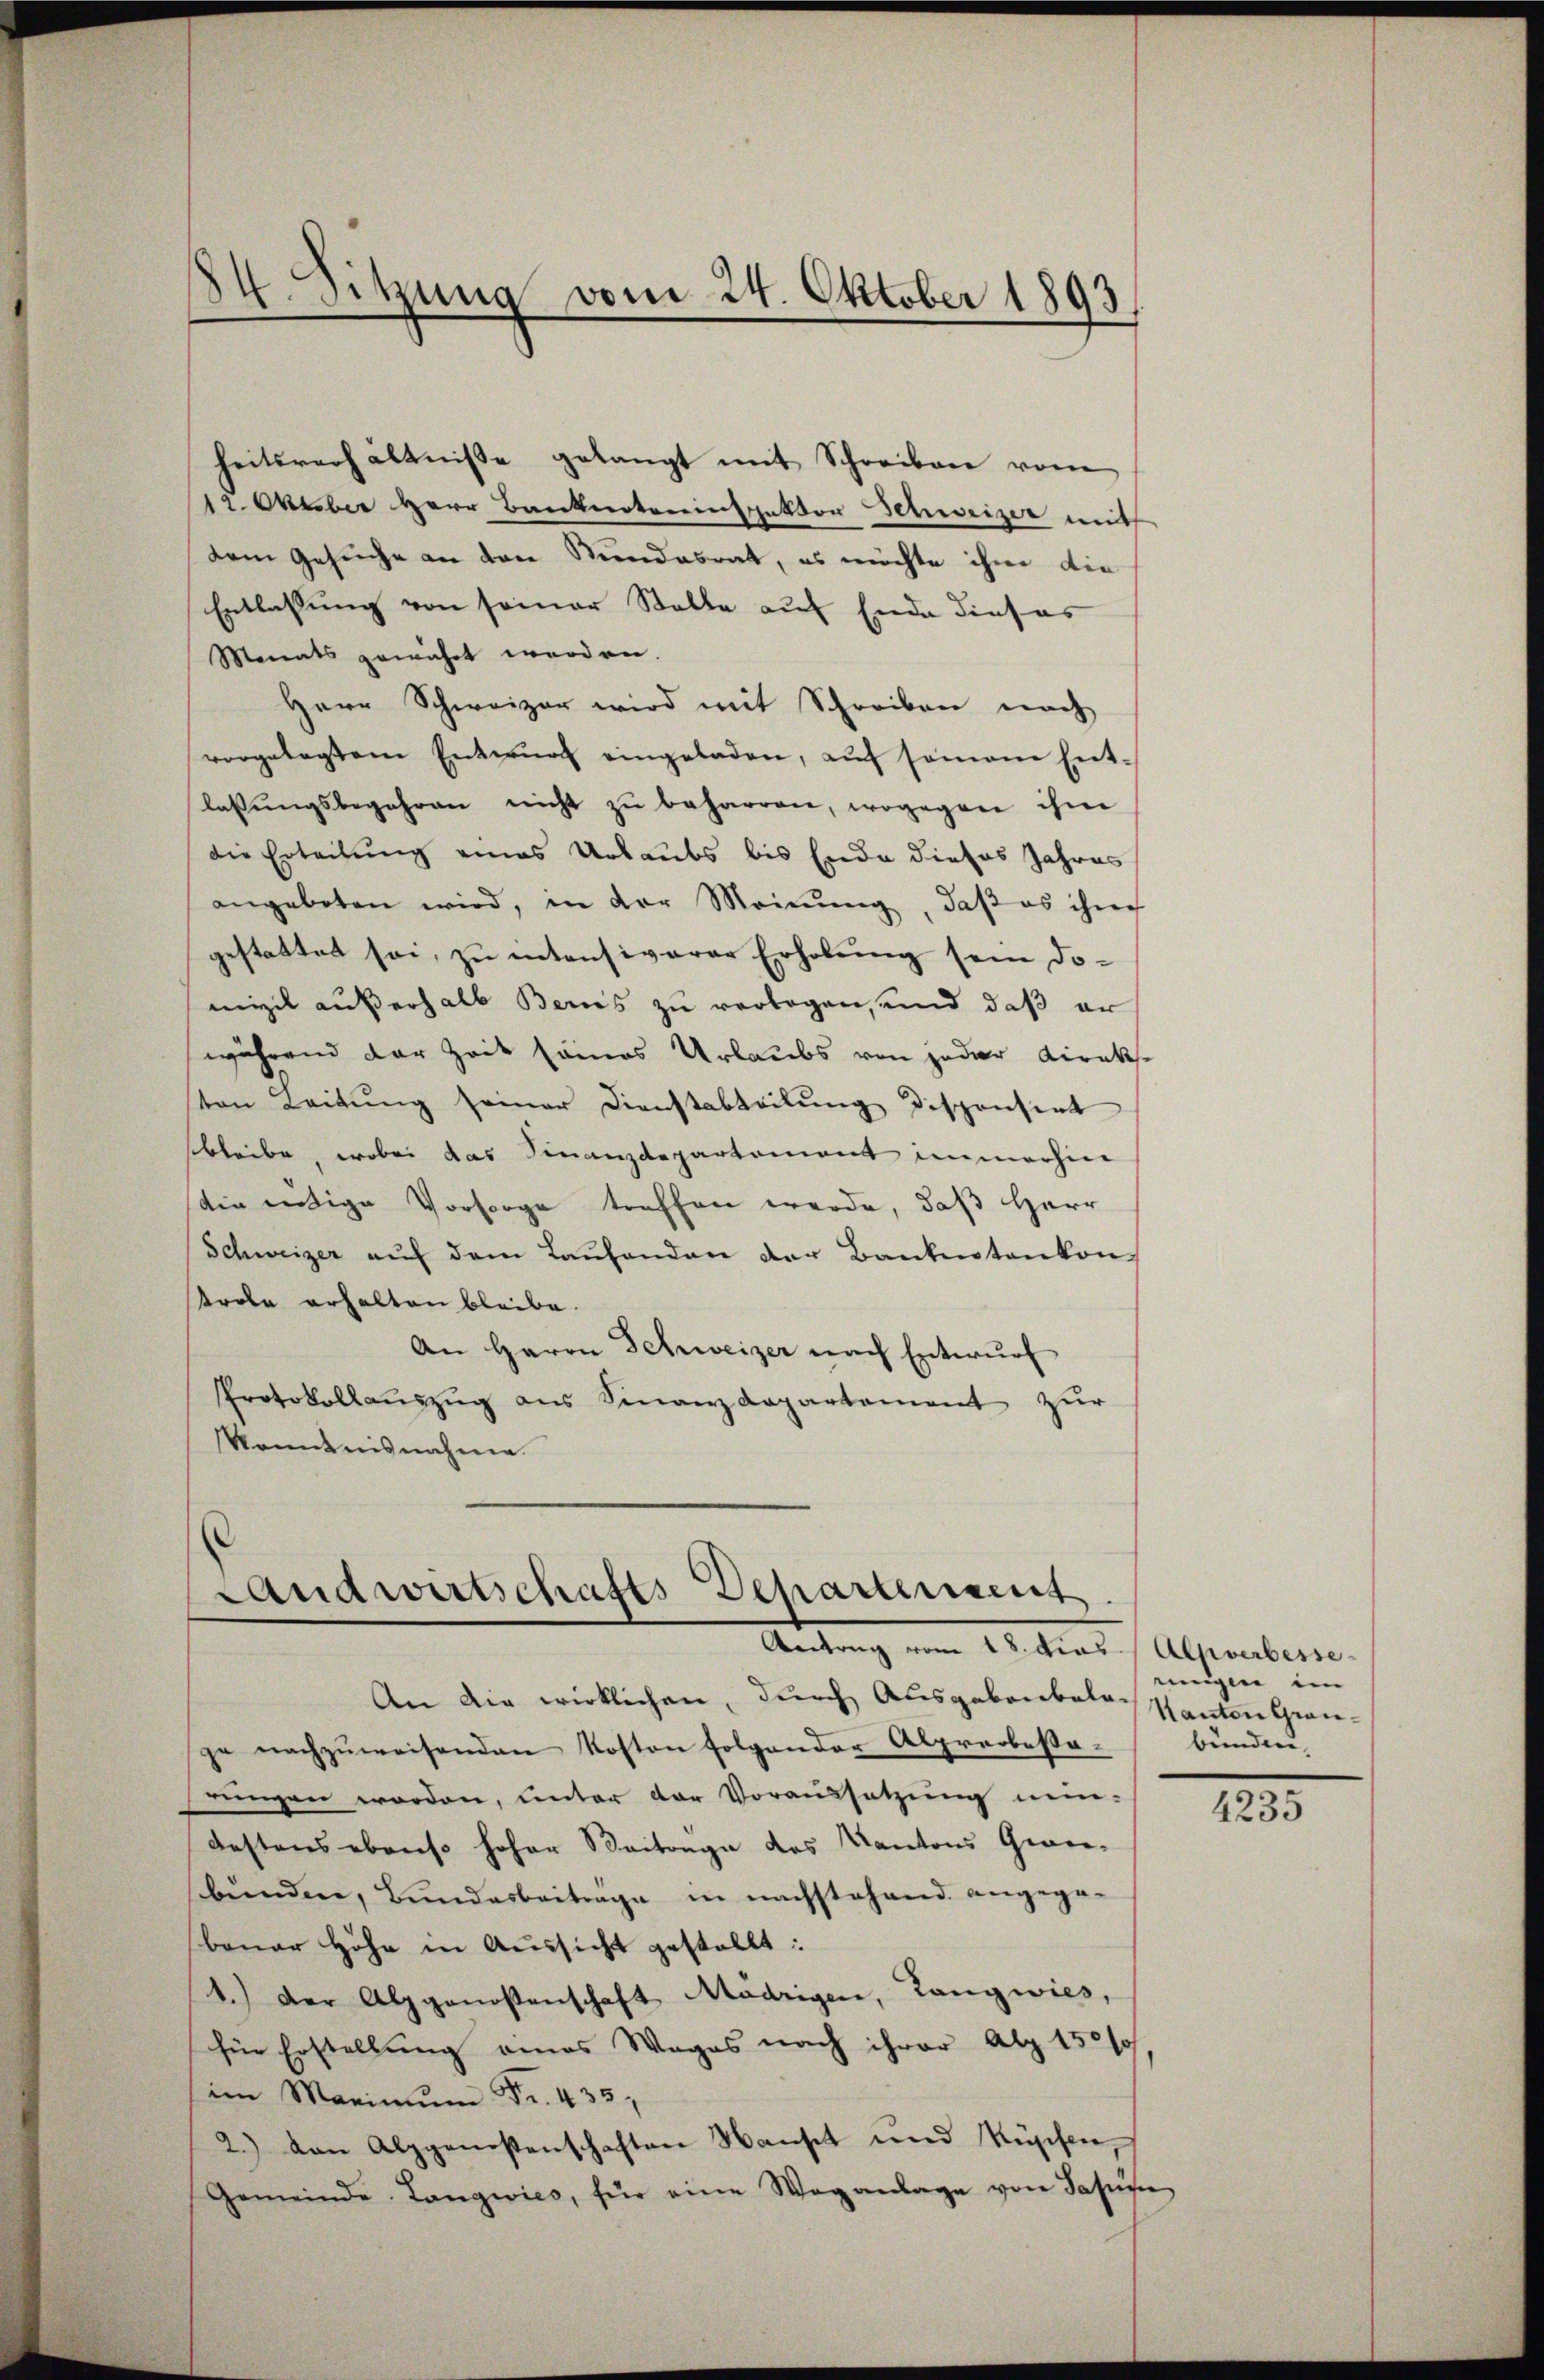
884. Sitzung vom 24. Oktober 1893.

heitsrechältnisse gelangt mit Schreiben vom
12. Aber Herr Bankerteninspektor Schweizer mit
dem Gesuche an den Stundesrat, es möchte ihm die
Entlassung von seiner Stalle auf Ende dieses
Monats gewährt werden.
Herr Schweizer wird mit Schreiben nach
vorgelegten Entwŭrf eingeladen, aŭf somane Ent-
lassŭngsbegehren nicht zŭ beharren, wogegen ihm
die Erteilung eines Urlaubs bis Ende dieses Jahres
angeboten wird, in der Meinŭng, daβ es ihm
gestattet sei, zu intensiverer Erholung sein domizil außerhalb Bernis zu verlegen, und daß er
während der Zeit seines Urlaubs von jeder Direkton Leitŭng seiner Dienstabteilŭng disponsert
bleibe, wobei das Finanzdepartement immerhin
stin entige Vorsorge treffen werde, daß Herr
Schweizer aŭf dem Laŭfenden der Bankentankon-
trde erhalten bleibe.
An Herrn Schweizer nach Entwŭrf
Protokollauszug aus Finanzdepartement zur
Kenntnisnahme.

Landwirtschafts-Departement
Antrag vom 18. dies
An die wirklichen, durch Ausgabenbale Kanton Grau¬

ge nachzuweisenden Kosten folgender Alpreobesarungen worden, unter der Voraussetzung nein-
destens ebenso hoher Seitenge des Kantons Gwer-
bunden, Bundesbeitrage in nachstehend angege-
bruar Höhe in Aussicht gestellt:
4.) Der Alpgenossenschaft Madrigen, Langwies,
für Erstellung eines Wages nach ihrer Alp 150 so,
(im Marinum Fr. 435,
2) von Alpgenossenschaften Hanset und Küpfen,
Gemeinde Langwies, für eine Weganlage von Sass

Alpverbesseeinigen im
bünden.

4235